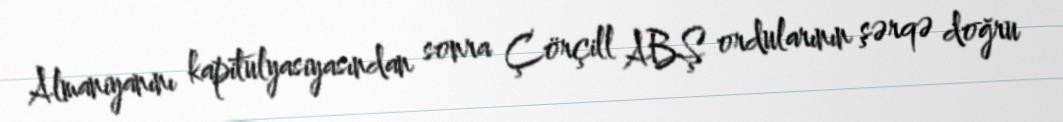
Almaniyanını kapitulyasiyasından sonra Çörçill ABŞ ordularının şərqə doğru